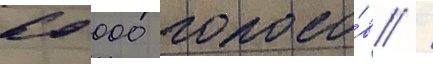
60 000 голосо́в /